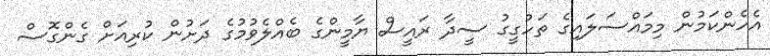
އެހެންކަމުން މިމައްސަލައިގެ ތަހުގީގު ސީދާ ރައީސް ޔާމީންގެ ބެއްލެވުމުގެ ދަށުން ކުރިއަށް ގެންގޮސް